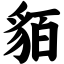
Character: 貊